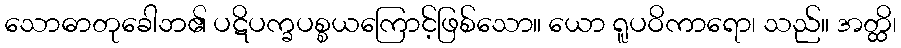
သောဓာတုခေါဘ၏ ပဋိပက္ခပစ္စယကြောင့်ဖြစ်သော။ ယော ရူပဝိကာရော၊ သည်။ အတ္ထိ၊